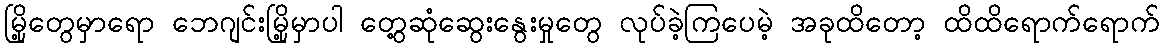
မြို့တွေမှာရော ဘေဂျင်းမြို့မှာပါ တွေ့ဆုံဆွေးနွေးမှုတွေ လုပ်ခဲ့ကြပေမဲ့ အခုထိတော့ ထိထိရောက်ရောက်